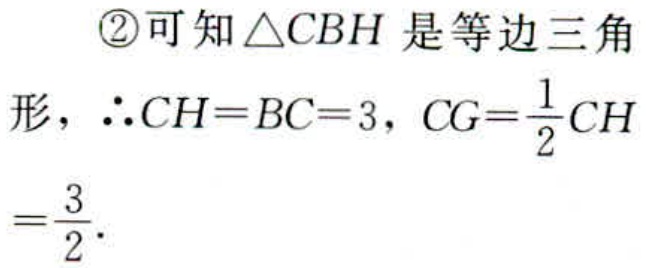
\textcircled{2}可知$\triangle CBH$是等边三角形，$\therefore CH = BC = 3$，$CG=\frac{1}{2}CH=\frac{3}{2}$.